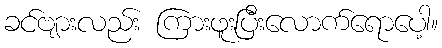
ခင်ဗျားလည်း ကြားဖူးပြီးလောက်ရောပေါ့။